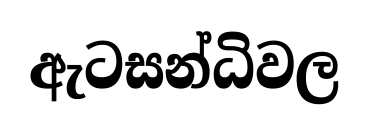
ඇටසන්ධිවල